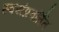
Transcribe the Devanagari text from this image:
स्वयंप्रवर्तित